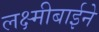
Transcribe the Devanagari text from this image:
लक्ष्मीबाईने